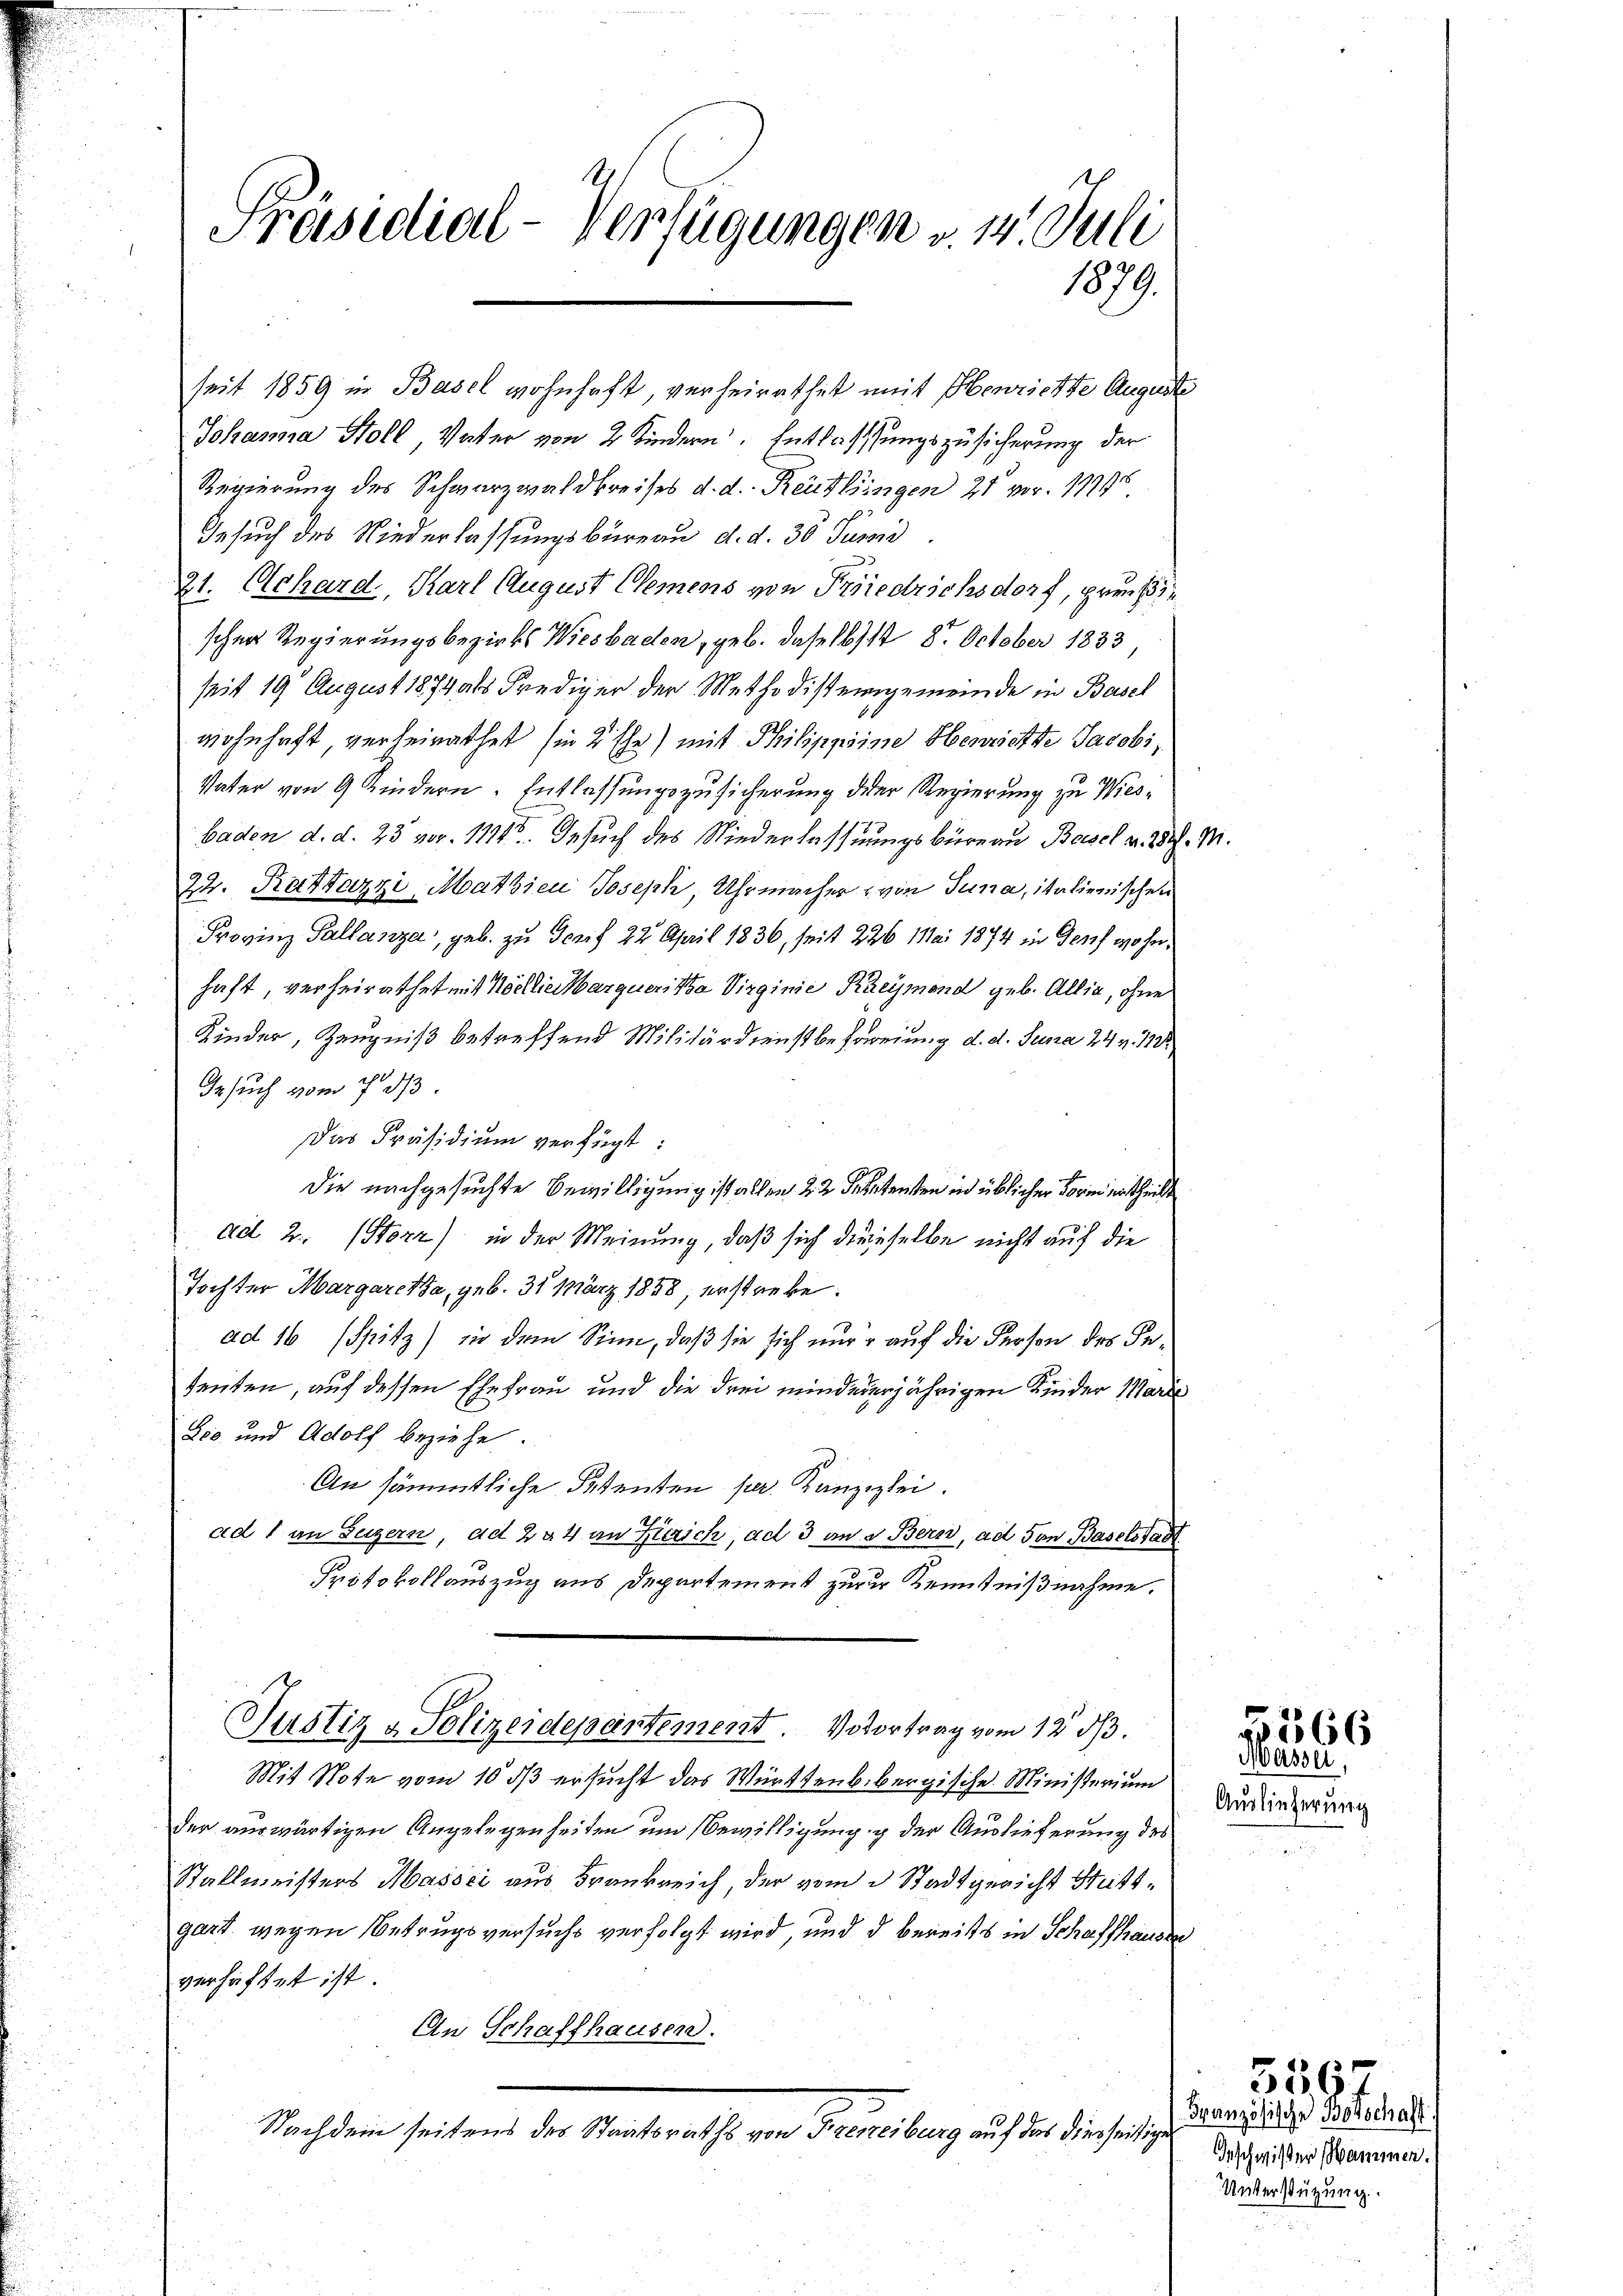
Präsidial-Verfügungen v. 1. Juli
1879.

seit 1859 in Basel wohnhaft, verheirathet mit Obenrichte Auguste
Johanna Holl Vater von 2 Kindern. Entlassungszusicherung der
Regierung des Schwarzwaldbreises d. d. Reutlingen 21 vor. 11945.
Gesuch des Niederlassungsbureau d. d. 30 Junii
21. Ochard, Karl August Clemens von Friedrichsdorf, pro. 153
schen Regierungsbezirks Wiesbaden, geb. daselb. 18. October 1833
seit 19 August 1874 als Prediger der Methodist eingemeinde in Basel
wohnhaft verheirathet sie 2 Ehe) mit Philippine Henrichte Jacobi,
Vater von 9 Kindern Entlassungszusicherung der Regierung zu Wiesbaden d. d. 23 vor. 11145. Gesuch des Niederlassungsbüreau Basel v. 28. M.
22. Rattazzi, Mathien Joseph, Uhrmacher von Tuna, italienischen
Provinz Pallanza, geb. zu Scrif 22 April 1836, seit 226 Mai 1874 in Genf woher
haft, verheirathet mit Nachlieiarqueritha Virginie Kreymond geb. Allia, ohne
Kinder, Zeugniß betreffend Militärdienstbefreiung d. d. Juna 24 v. 18
Gesuch vom 7. ds
Das Präsidium verfügt:
die nachgesuchte Bewilligung ist allen 22. Seitensten in üblicher Form ertheilt
ad. 2. Stozz) in der Meinung, daß sich dieselbe nicht auf die
Tochter Margaretha, geb. 31 März 1858, erstrekead 16 Spitz) in dem Sinn, daß sie sich nur auf die Person des Intenten, auf dessen Ehefrau und die drei mindererjährigen Kinder Marie
Lio und Adolf beziehe.
An sämmtliche Petenten per. Kanzlei.
ad 1 an Luzern, ad 2 a 4 an Zürich, ad 3 an d Bern, ad von Baselstadt
Protokollauszug aus Departement zurur Kenntnißnahme.

Justiz & Polizeidepartement. Vorortrag vom 12. ds.

Mit Note vom 10. ds ersucht das Württenb. bergische Ministerium
der auswärtigen Angelegenheiten um Bewilligung g der Auslieferung des
Stallmeisters Massci aus Frankreich, der vom 3. Stadtgericht Stattgart wegen Betrugsversuchs verfolgt wird, und d bereits in Schaffhausen
verhaftet ist
An Schaffhausen.
Nachdem seitens der Materathe von Bereitung aus in die seligen

566
Masser,

Auslieferung

Französische Botschaft
Geschwister Hammer.
Unterstützung.

356